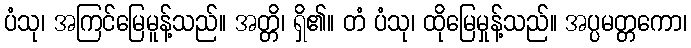
ပံသု၊ အကြင်မြေမူန့်သည်။ အတ္တိ၊ ရှိ၏။ တံ ပံသု၊ ထိုမြေမှုန့်သည်။ အပ္ပမတ္တကော၊